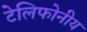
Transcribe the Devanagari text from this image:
टेलिफोनीय